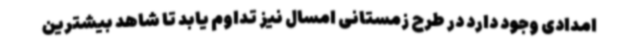
امدادی وجود دارد در طرح زمستانی امسال نیز تداوم یابد تا شاهد بیشترین